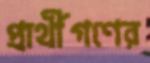
প্রার্থীগণের